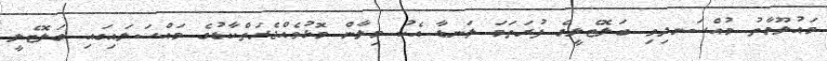
މައުލޫމާތު މުއްސަނދިވި ބަލޮޓެލީގެ ފުރަތަމަ ލަނޑާ އެކު މިލާން މޮޅުވެއްޖެރަތްކާޑުގެ މައްސަލައިގައި ބަލޮޓެލީ